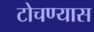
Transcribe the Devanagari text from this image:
टोचण्यास